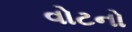
વોટનો